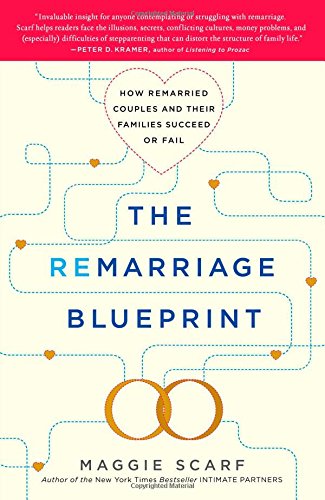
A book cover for The Remarriage Blueprint: How Remarried Couples and Their Families Succeed or Fail; Maggie Scarf; Parenting & Relationships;